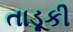
તાડૂકી